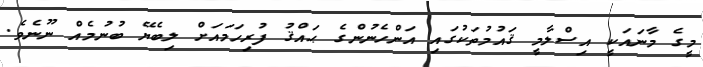
މީގެ މާނައަކީ އިސްލާމީ ޤައުމުތަކުގައި އަންހެނުންގެ ޙައްޤު ފުރިހަމައަށް ލިބެޔޭ ބުނުމެއް ނޫނެވެ.